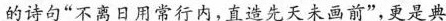
的诗句”不离日用常行内，直造先天未画前”，更是典